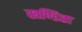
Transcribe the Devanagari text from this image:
खण्डिता